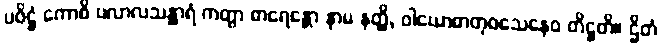
ပဝိဋ္ဌံ ကောစိ ပလာလသန္ထာရံ ကတွာ ဓာရေန္တော နာမ နတ္ထိ, ဝါယောဓာတုဝသေနေဝ တိဋ္ဌတိ။ ဌိတံ